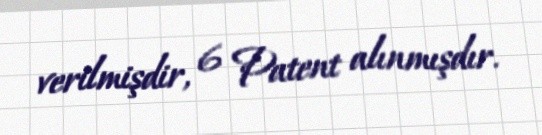
verilmişdir, 6 Patent alınmışdır.